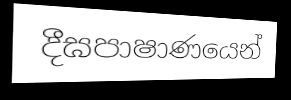
දීඝපාෂාණයෙන්